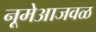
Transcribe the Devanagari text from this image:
नूमेआजवळ